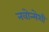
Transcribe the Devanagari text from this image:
नवोन्मेशी